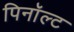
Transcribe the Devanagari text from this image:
पिनॉल्ट